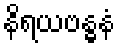
နိရယဗန္ဓနံ